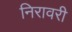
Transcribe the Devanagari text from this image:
निरावरी